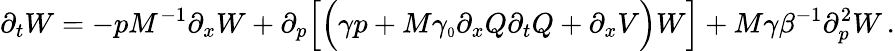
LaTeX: \partial_{t}W=-pM^{-1}\partial_{x}W+\partial_{p}\Big[\Big(\gamma p+M\gamma_{\scriptscriptstyle 0}\partial_{x}Q\partial_{t}Q+\partial_{x}V\Big)W\Big]+M\gamma\beta^{-1}\partial_{p}^{2}W\, .